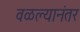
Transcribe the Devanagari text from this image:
वळल्यानंतर